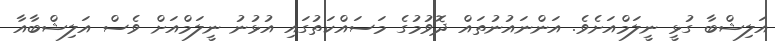
އަލިޝްބާ ގުޅީ ނީލަމްއަށެވެ. އަންނައުނުތައް ދޮވުމުގެ މަސައްކަތުގައި އުޅުނު ނީލަމްއަށް ވެސް އަލިޝްބާއާ